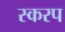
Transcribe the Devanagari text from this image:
स्करप